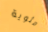
مئوية